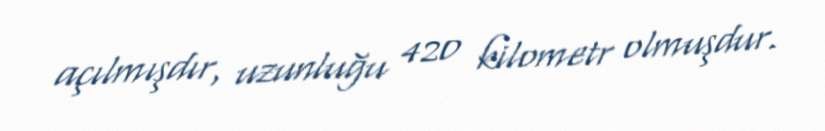
açılmışdır, uzunluğu 420 kilometr olmuşdur.